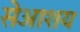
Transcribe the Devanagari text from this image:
सेआशय